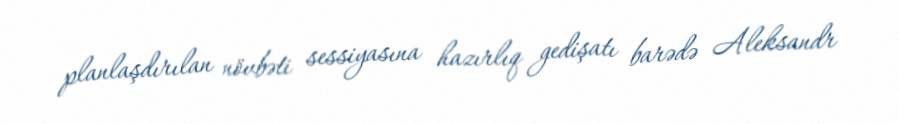
planlaşdırılan növbəti sessiyasına hazırlıq gedişatı barədə Aleksandr